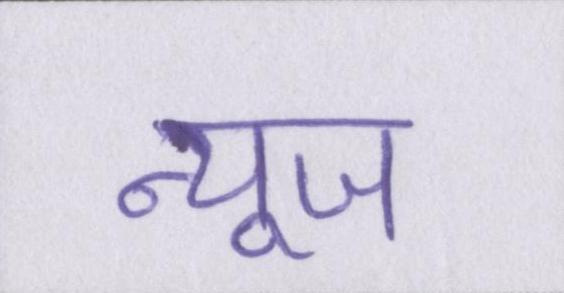
न्यूज